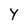
Character: Y